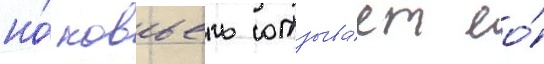
но́ ковьель отзыва́ет ео́